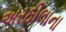
અરઠીલાના